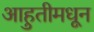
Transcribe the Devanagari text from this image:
आहुतीमधून